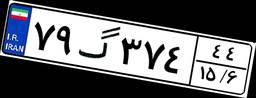
۶۳گ۷۲۹۷۵